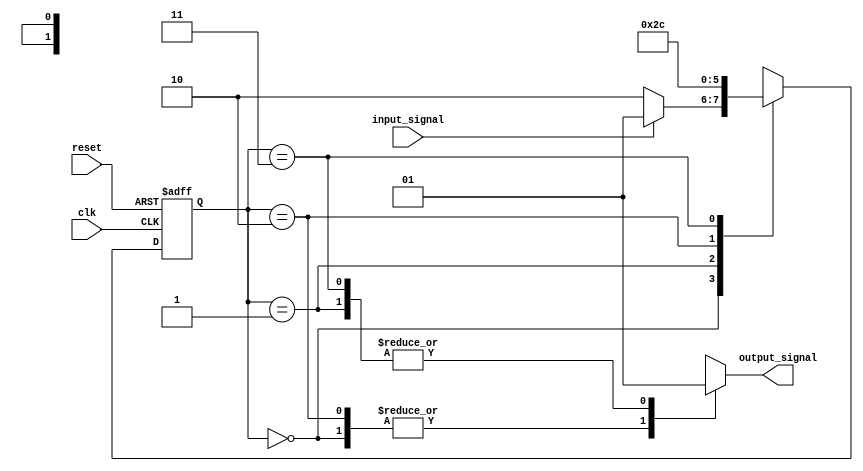
module Moore_State_Machine (
    input wire clk,
    input wire reset,
    input wire input_signal,
    output reg output_signal
);

// Define states
parameter STATE_A = 2'b00;
parameter STATE_B = 2'b01;
parameter STATE_C = 2'b10;
parameter STATE_D = 2'b11;

// State register
reg [1:0] state_reg;
always @(posedge clk or posedge reset) begin
    if (reset) begin
        state_reg <= STATE_A;
    end else begin
        case (state_reg)
            STATE_A: state_reg <= (input_signal) ? STATE_B : STATE_C;
            STATE_B: state_reg <= STATE_C;
            STATE_C: state_reg <= STATE_D;
            STATE_D: state_reg <= STATE_A;
        endcase
    end
end

// Output logic
always @(*) begin
    case (state_reg)
        STATE_A: output_signal = 1'b0;
        STATE_B: output_signal = 1'b1;
        STATE_C: output_signal = 1'b0;
        STATE_D: output_signal = 1'b1;
    endcase
end

endmodule